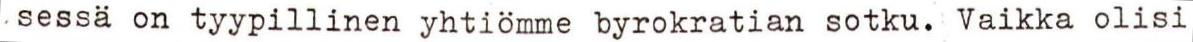
sessä on tyypillinen yhtiömme byrokratian sotku. Vaikka olisi